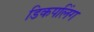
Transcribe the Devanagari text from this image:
डिकपलिंग